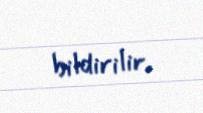
bildirilir.